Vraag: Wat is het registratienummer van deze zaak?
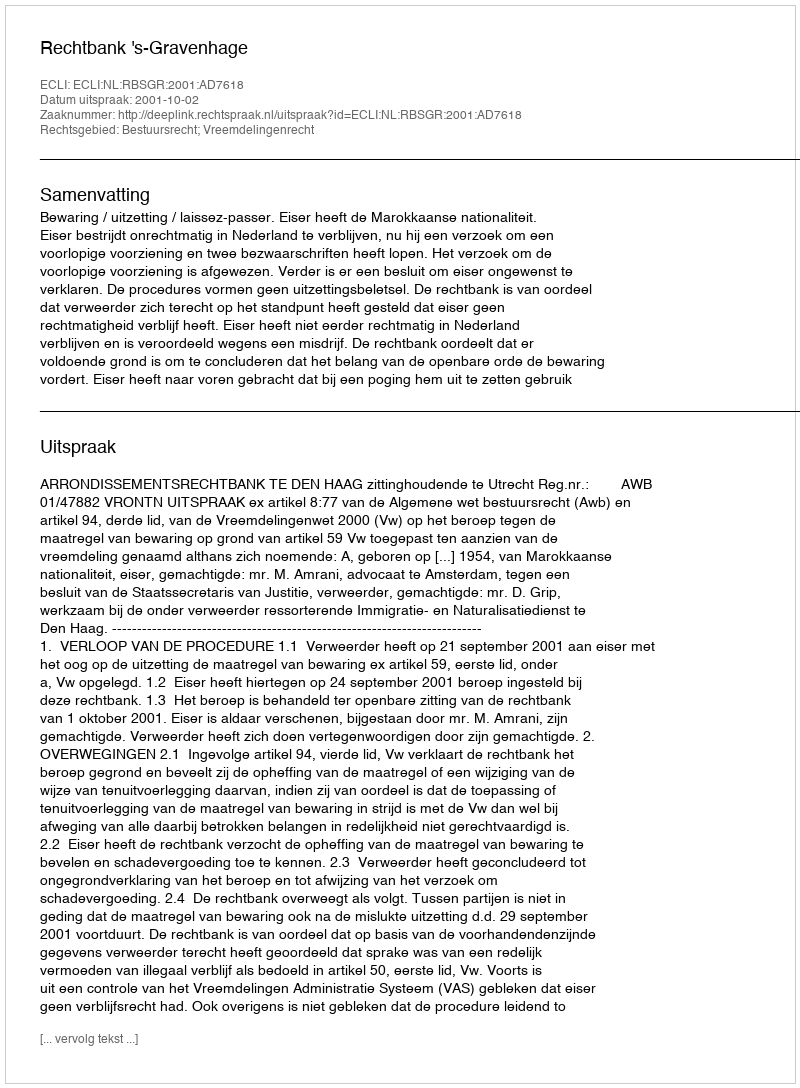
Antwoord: http://deeplink.rechtspraak.nl/uitspraak?id=ECLI:NL:RBSGR:2001:AD7618